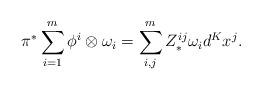
LaTeX: \begin{align*}\pi^*\sum_{i=1}^m\phi^i\otimes \omega_i = \sum_{i,j}^m Z^{ij}_*\omega_i d^Kx^j.\end{align*}